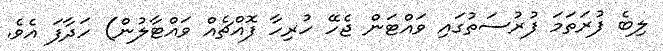
ލިބެ ފުރަތަމަ ފުރުސަތުގައި ވައްޓަން ޖެހޭ ހުރިހާ ފޮއްޗެއް ވައްޓާލުން) ހަދާފަ އެވެ.